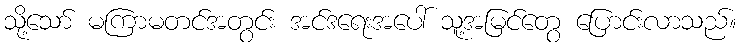
သို့သော် မကြာမတင်အတွင်း အင်ဒရေးအပေါ် သူ့အမြင်တွေ ပြောင်းလာသည်။